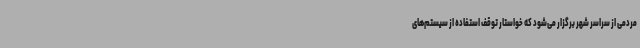
مردمی از سراسر شهر برگزار می‌شود که خواستار توقف استفاده از سیستم‌های